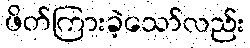
ဖိတ်ကြားခဲ့သော်လည်း